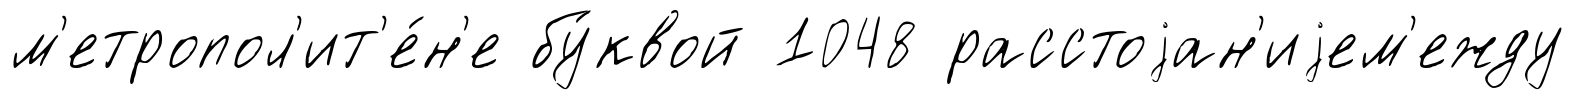
м'етропол'ит'е́н'е бу́квой 1048 расстоjан'иjем'ежду